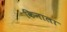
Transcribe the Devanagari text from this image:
किनाला